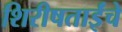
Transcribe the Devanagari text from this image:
शिरीषताईंचे